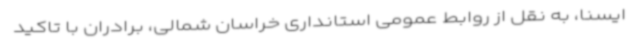
ایسنا، به نقل از روابط عمومی استانداری خراسان شمالی، برادران با تاکید